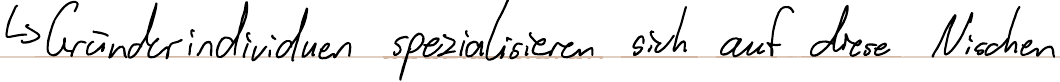
-> Gründerindividuen spezialisieren sich auf diese Nischen